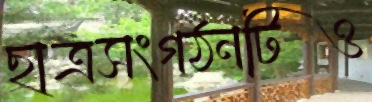
ছাত্রসংগঠনটিও